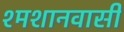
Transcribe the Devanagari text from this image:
श्मशानवासी